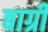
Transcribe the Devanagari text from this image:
बाग्री